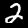
Label: 2